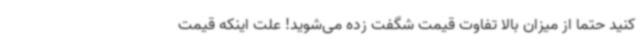
کنید حتما از میزان بالا تفاوت قیمت شگفت زده می‌شوید! علت اینکه قیمت